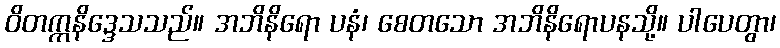
ဝိတက္ကနိဒ္ဒေသသည်။ အဘိနိရော ပနံ၊ စေတသော အဘိနိရောပနသို့။ ပါပေတွာ၊